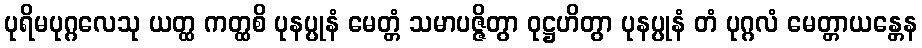
ပုရိမပုဂ္ဂလေသု ယတ္ထ ကတ္ထစိ ပုနပ္ပုနံ မေတ္တံ သမာပဇ္ဇိတွာ ဝုဋ္ဌဟိတွာ ပုနပ္ပုနံ တံ ပုဂ္ဂလံ မေတ္တာယန္တေန